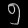
Digit: ၅